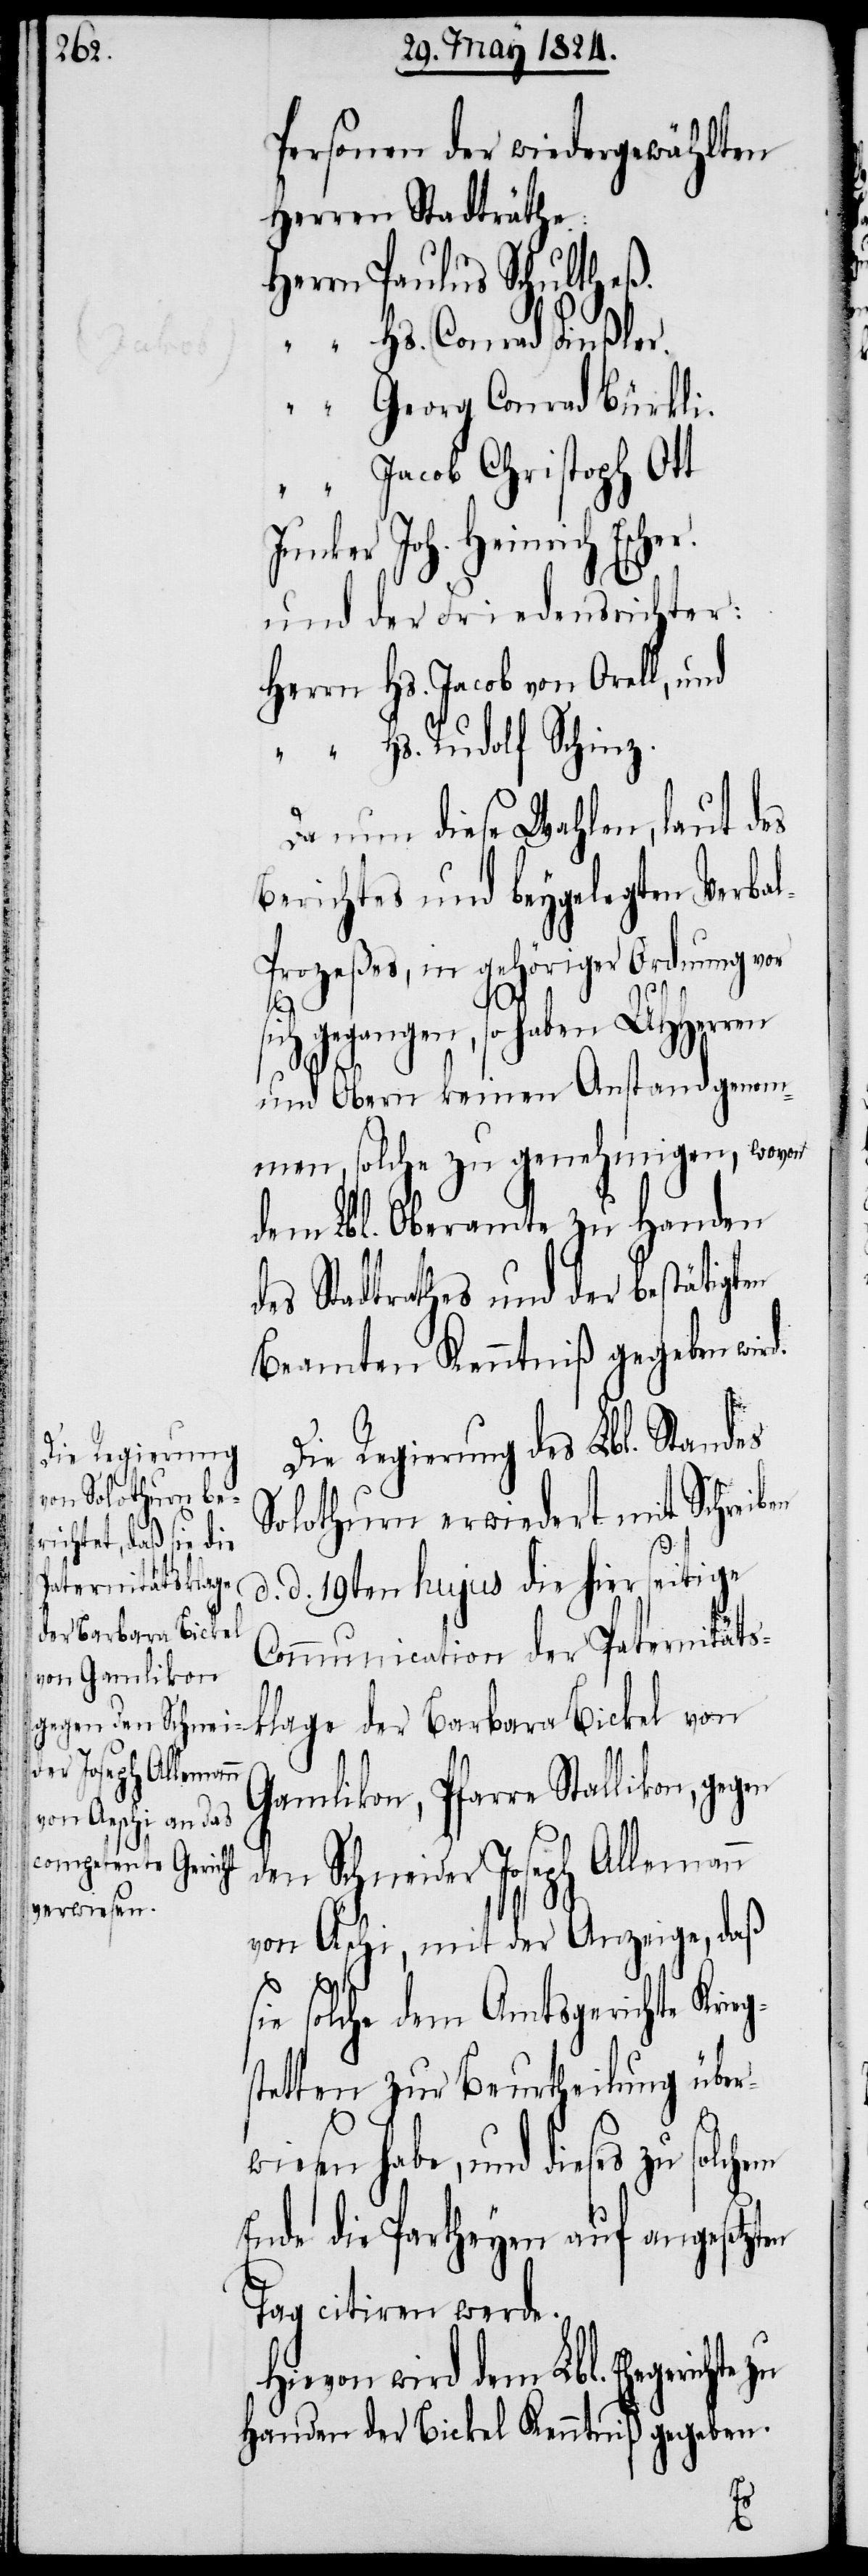
Personen der wiedergewählten
Herren Stadträthe:
Herrn Paulus Schultheß.
“ Hs. Conrad Finßler.
“ Georg Conrad Bürkli.
“ Jacob Christoph Ott
Junker Joh. Heinrich
und der Friedensrichter:
Herrn Hs. Jacob von Orell, und
“ Hs. Rudolf Schinz.
Da nun diese Wahlen, laut des
Berichtes und beygelegten Verbal¬
prozeßes, in gehöriger Ordnung vor
klage
gegangen, so haben UHHerren
und Obern keinen Anstand genom¬
men, solche zu genehmigen, wovon
dem Lbl. Oberamte zu Handen
es Stadtrathes und der bestätigten
Beamten Kenntniß gegeben wi¬
Die Regierung des Lbl. Standes
Solothurn erwiedert mit Schreiben
d. d. 19ten hujus die hierseitige
der Barbara Bickel
Communication der Paternitöts¬
Gamlikon, Pfarre Stallikon, gegen
den Schneider Joseph Allemann
von Äschi, mit der Anzeige, daß
sie solche dem Amtsgerichte Krieg¬
stetten zur Beurtheilung über¬
wiesen habe, und dieses zu solche
Ende die Partheyen auf angesetzten
Tag citiren werde.
Hievon wird dem Lbl. Ehegerichte zu
Handen der Bickel Kenntniß gegeben.
rd.